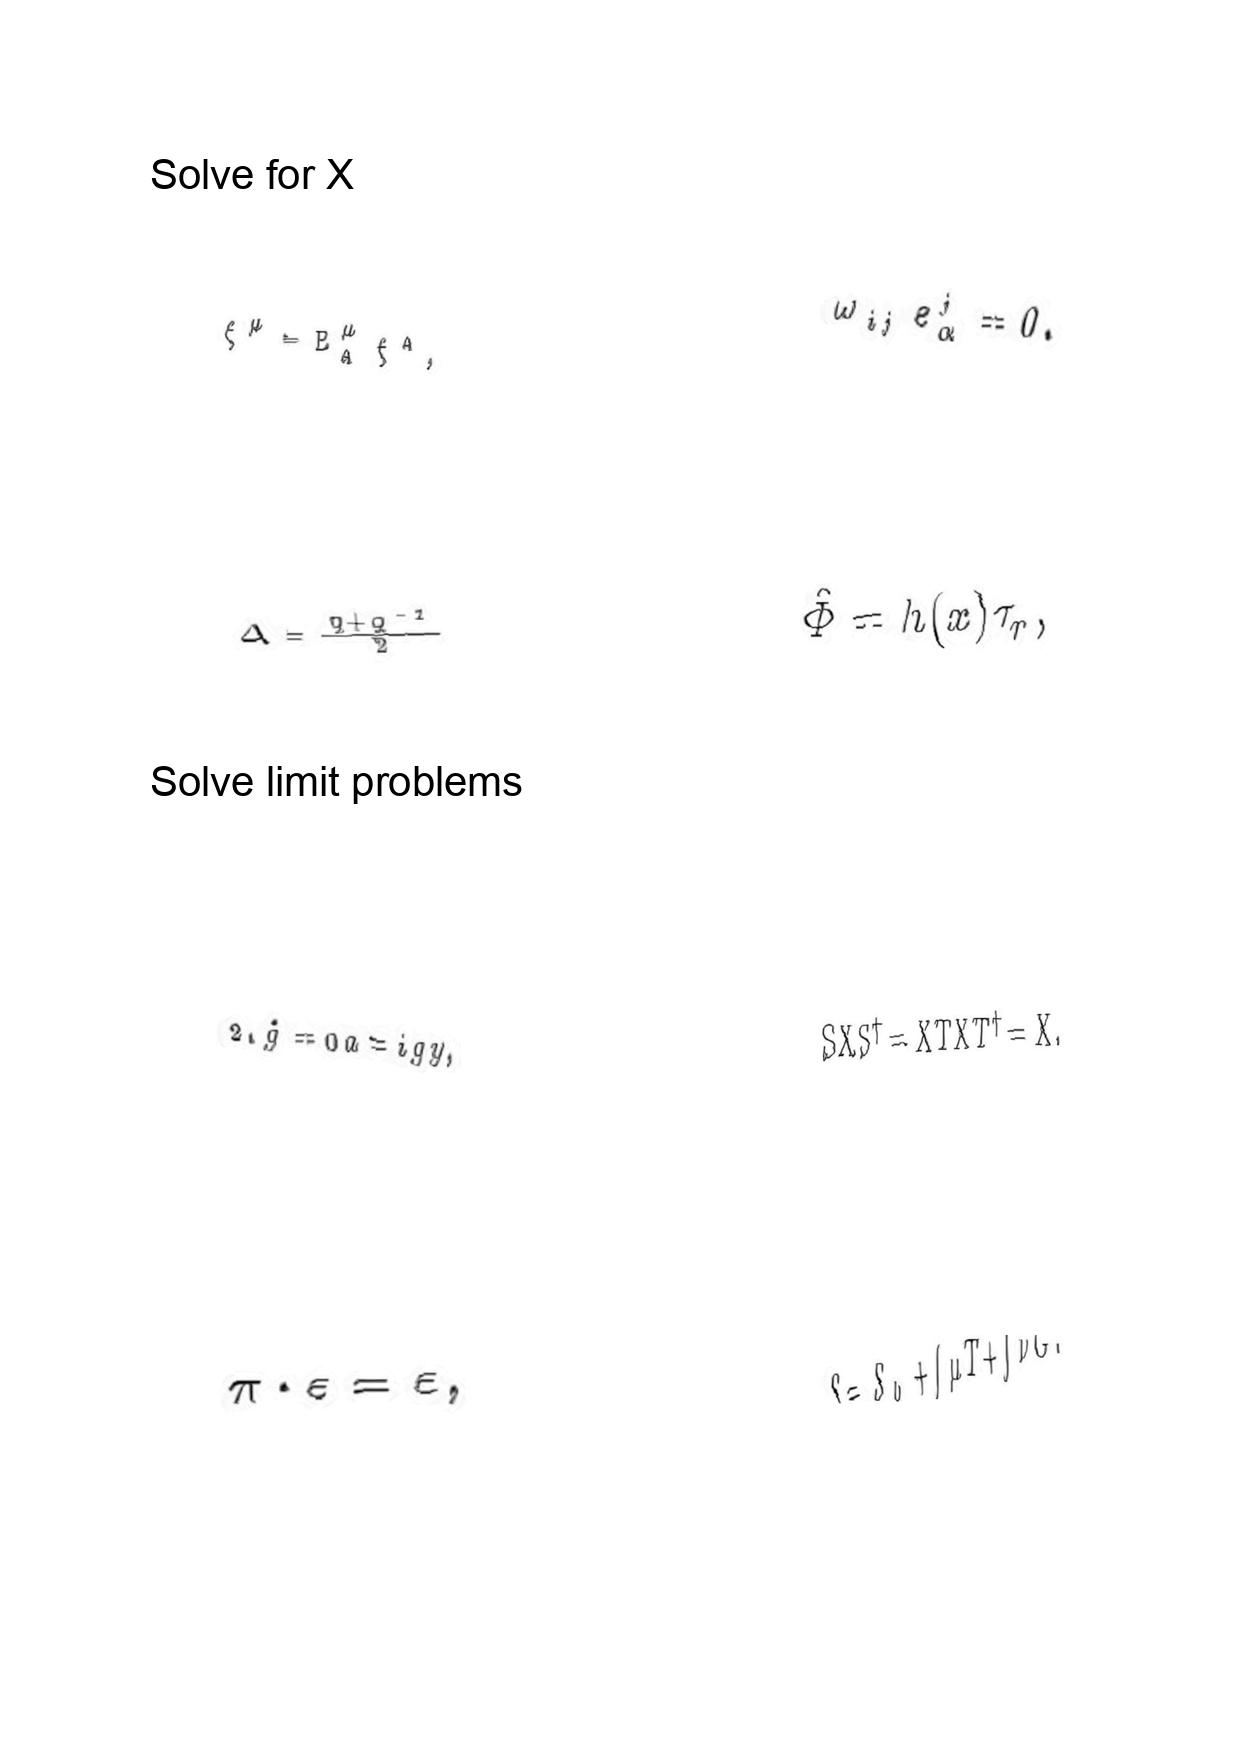
LaTeX transcription:
\xi ^ { \mu } = E _ { A } ^ { \mu } \xi ^ { A } ,
\Delta = \frac { q + q ^ { - 1 } } { 2 }
2 . \hat { g } = 0 a = i g y ,
\pi \cdot \varepsilon = \varepsilon ,
\omega _ { i j } e ^ { j } _ { \alpha } = 0 .
\hat { \Phi } = h \lparen x \rparen \tau _ { r } ,
S X S ^ { \dagger } = X T X T ^ { \dagger } = X .
S = S _ { 0 } + \int \mu T + \int \nu G .